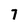
Character: 7